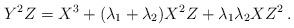
LaTeX: \begin{align*} Y^2Z = X^3 + (\lambda_1 + \lambda_2)X^2Z + \lambda_1\lambda_2XZ^2\,. \end{align*}